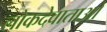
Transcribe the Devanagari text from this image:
लोकदेवाताओ